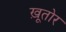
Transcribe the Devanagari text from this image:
ख़ूतोर